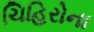
ચિહિરોના